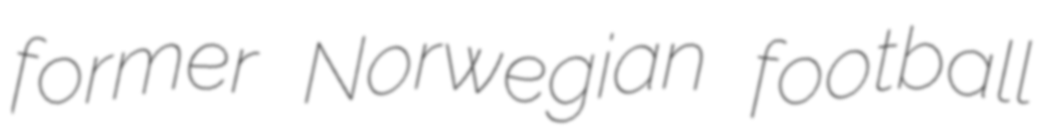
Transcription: former Norwegian football